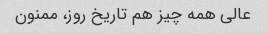
عالی همه چیز هم تاریخ روز، ممنون